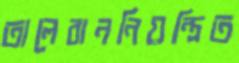
তালেবাননিয়ন্ত্রিত